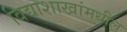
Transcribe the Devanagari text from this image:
विद्याशाखांमधील